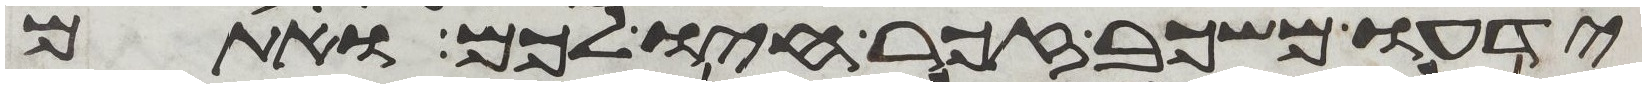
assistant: ידעו משכב זכר חיו לכם ואתם